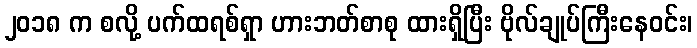
၂၀၁၈ က စလို့ ပက်ထရစ်ရှာ ဟားဘတ်စာစု ထားရှိပြီး ဗိုလ်ချုပ်ကြီးနေဝင်း၊